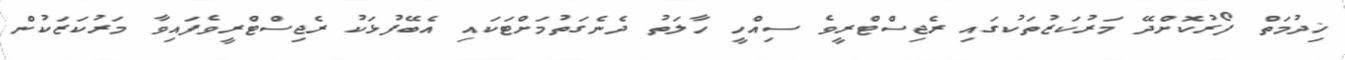
ޚިދުމަތް ފޯރުކޮށްދޭ މަރުކަޒުތަކުގައި ރެޖިސްޓްރީވެ ސިއްހީ ހާލަތު ދެނެގަތުމަށްޓަކައި އެބޭފުޅަކު ރެޖިސްޓްރީވެފައިވާ މަރުކަޒަކުން